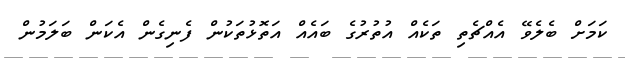
ކަމަށް ބެލެވޭ އެއްޗެތި ތަކެއް އުތުރުގެ ބައެއް އަތޮޅުތަކުން ފެނިގެން އެކަން ބަލަމުން